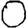
Digit: 0